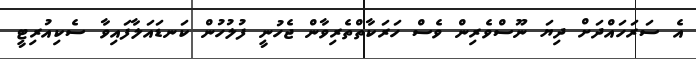
އެ ސަރަހައްދަށް ދިޔަ ނޫސްވެރިން ވެސް ހަރަކާތްތެރިވާން ޖެހުނީ ފުލުުހުން ކަނޑައަލާފައިވާ ސެކިއުރިޓީ